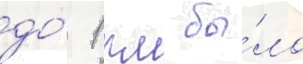
до́ 1 км бы́ло